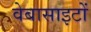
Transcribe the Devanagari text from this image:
वेबासाइटों